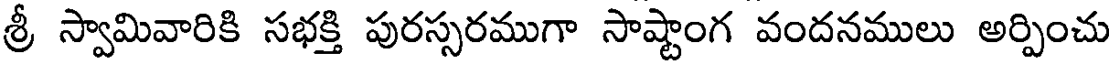
శ్రీ స్వామివారికి సభక్తి పురస్సరముగా సాష్టాంగ వందనములు అర్పించు